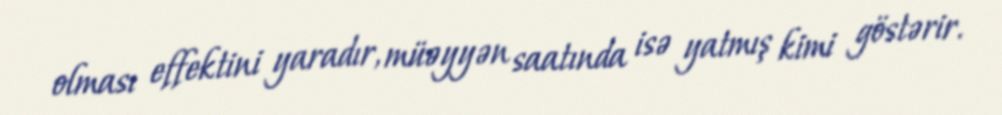
olması effektini yaradır, müəyyən saatında isə yatmış kimi göstərir.